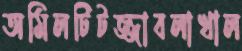
অমিলটিটজ্জাবলাখাল